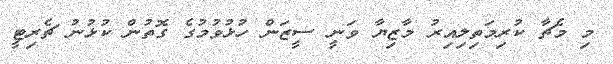
މި މެޗާ ކުރިމަތިލިއިރު މާޒިޔާ ވަނީ ސީޒަން ހުޅުވުމުގެ ގޮތުން ކުޅުނު ޗެރިޓީ